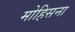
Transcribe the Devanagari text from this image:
मोहिसना